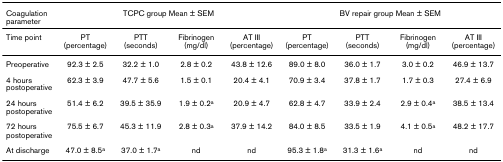
| Coagulation parameter | <COLSPAN=4> TCPC group Mean ± SEM | <COLSPAN=4> BV repair group Mean ± SEM |
 | --- | --- | --- | --- | --- | --- | --- | --- | --- |
 | Time point | PT (percentage) | PTT (seconds) | Fibrinogen (mg/dl) | AT III (percentage) | PT (percentage) | PTT (seconds) | Fibrinogen (mg/dl) | AT III (percentage) |
 | Preoperative | 92.3 ± 2.5 | 32.2 ± 1.0 | 2.8 ± 0.2 | 43.8 ± 12.6 | 89.0 ± 8.0 | 36.0 ± 1.7 | 3.0 ± 0.2 | 46.9 ± 13.7 |
 | 4 hours postoperative | 62.3 ± 3.9 | 47.7 ± 5.6 | 1.5 ± 0.1 | 20.4 ± 4.1 | 70.9 ± 3.4 | 37.8 ± 1.7 | 1.7 ± 0.3 | 27.4 ± 6.9 |
 | 24 hours postoperative | 51.4 ± 6.2 | 39.5 ± 35.9 | 1.9 ± 0.2a | 20.9 ± 4.7 | 62.8 ± 4.7 | 33.9 ± 2.4 | 2.9 ± 0.4a | 38.5 ± 13.4 |
 | 72 hours postoperative | 75.5 ± 6.7 | 45.3 ± 11.9 | 2.8 ± 0.3a | 37.9 ± 14.2 | 84.0 ± 8.5 | 33.5 ± 1.9 | 4.1 ± 0.5a | 48.2 ± 17.7 |
 | At discharge | 47.0 ± 8.5a | 37.0 ± 1.7a | nd | nd | 95.3 ± 1.8a | 31.3 ± 1.6a | nd | nd |